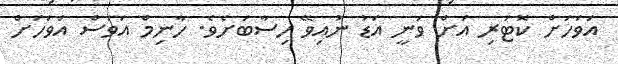
އަވަހަށް ކޮޓަރި އަށް ވަނީ އަޑު ނުއިވޭ ހިސާބަށެވެ. ހާނިމް އަވަސް އަވަހަށް